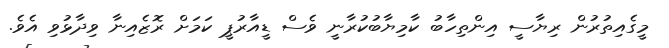
މީގެއިތުރުން ރިޔާސީ އިންތިހާބު ކާމިޔާބުކުރާނީ ވެސް ޑީއާރުޕީ ކަމަށް ރޮޒެއިނާ ވިދާޅުވި އެވެ.